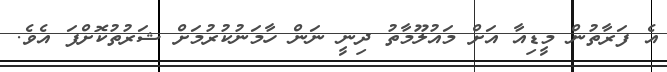
އެ ފަރާތުން މީޑިއާ އަށް މައުލޫމާތު ދިނީ ނަން ހާމަނުކުރުމަށް ޝަރުތުކޮށްފަ އެވެ.